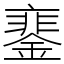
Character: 䥆